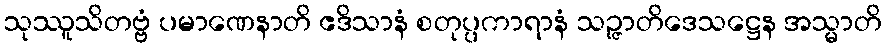
သုဿူသိတဗ္ဗံ ပမာဏေနာတိ ဧဒိသာနံ စတုပ္ပကာရာနံ သဉ္ဇာတိဒေသဋ္ဌေန အသ္မာတိ